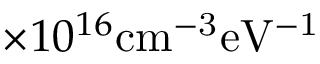
\times 1 0 ^ { 1 6 } \mathrm { c m ^ { - 3 } e V ^ { - 1 } }